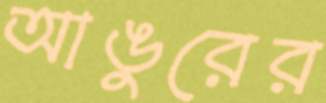
আঙুরের